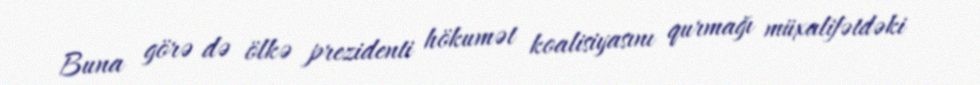
Buna görə də ölkə prezidenti hökumət koalisiyasını qurmağı müxalifətdəki